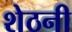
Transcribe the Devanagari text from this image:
शेठनी